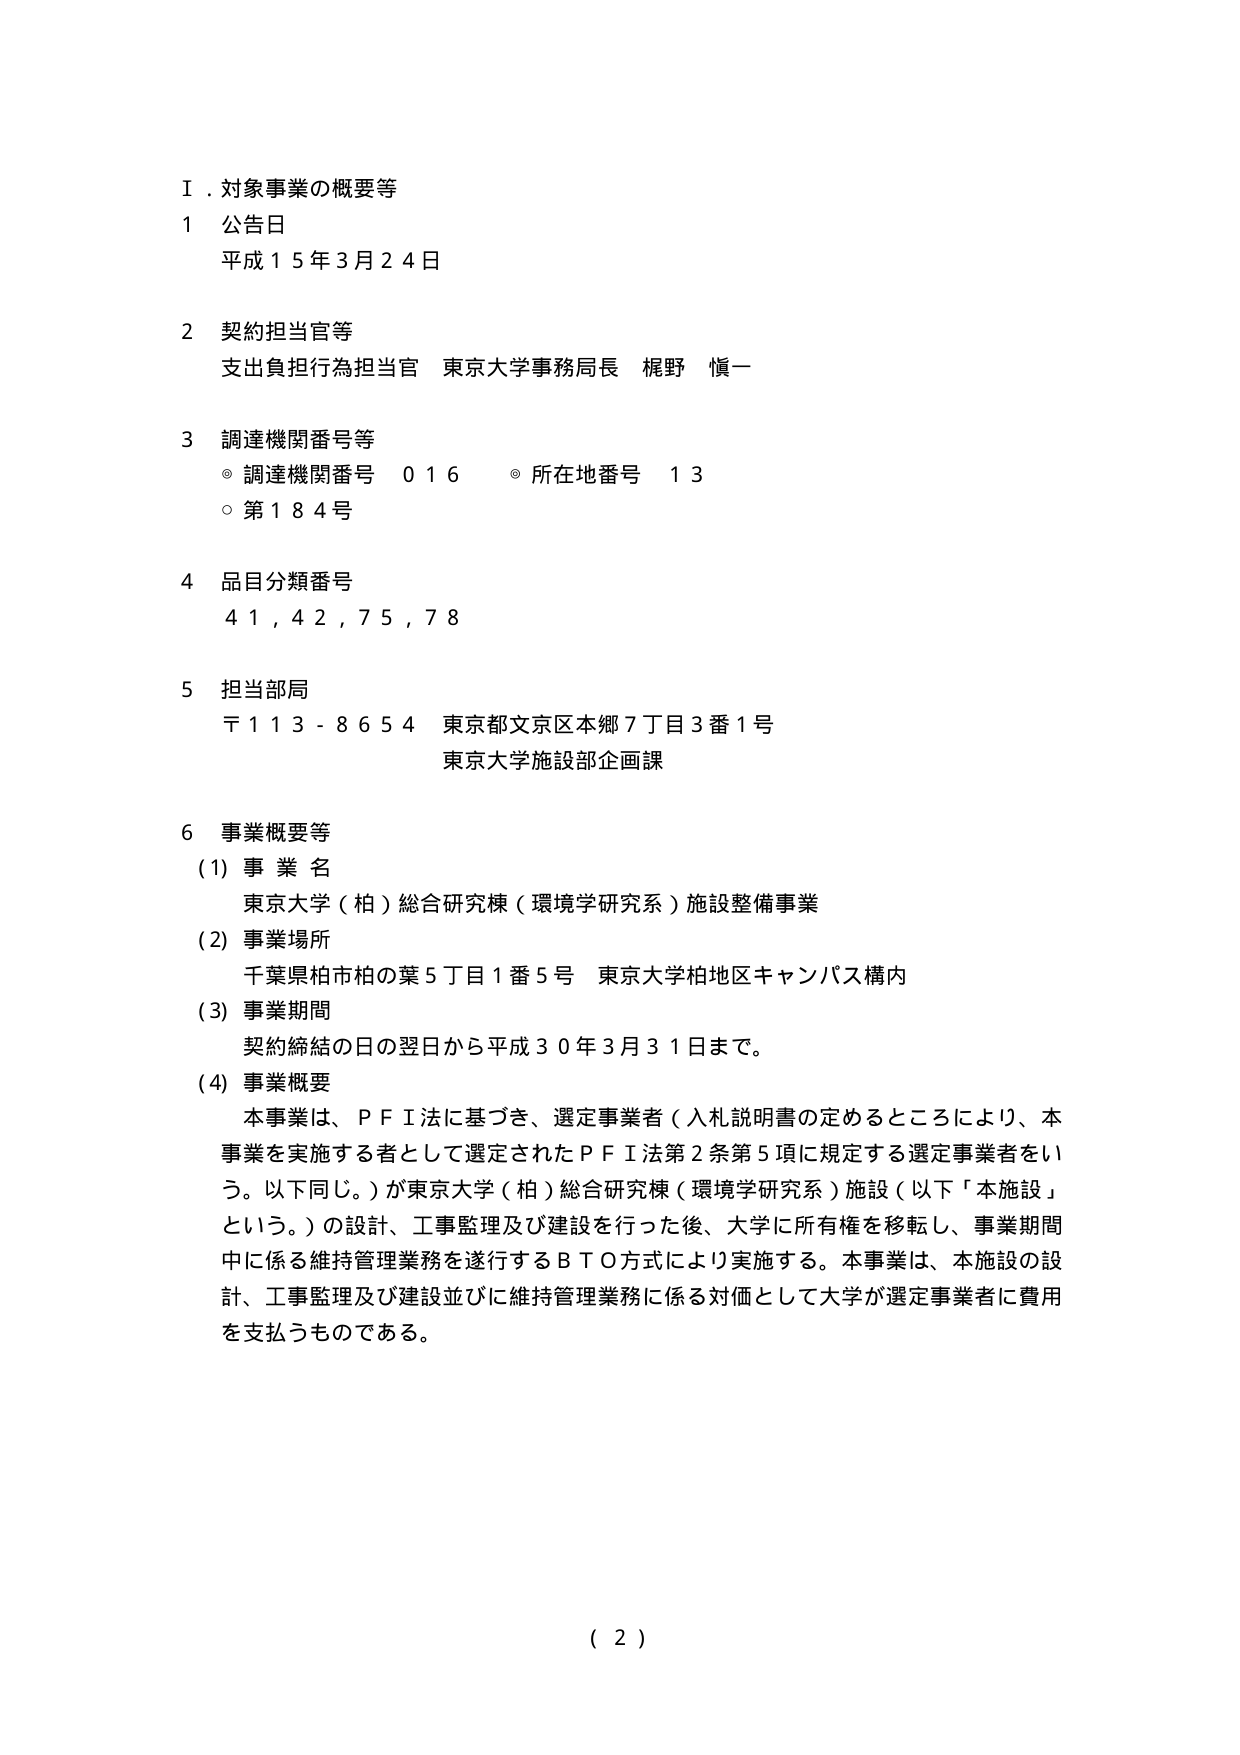
Ⅰ．対象事業の概要等
1 公告日
　平成１５年３月２４日

2 契約担当官等
　支出負担行為担当官 東京大学事務局長 梶野 愼一

3 調達機関番号等
　◎ 調達機関番号 ０１６　◎ 所在地番号 １３
　○ 第１８４号

4 品目分類番号
　４１，４２，７５，７８

5 担当部局
　〒１１３－８６５４ 東京都文京区本郷７丁目３番１号
　東京大学施設部企画課

6 事業概要等
　(1) 事業名
　　東京大学（柏）総合研究棟（環境学研究系）施設整備事業
　(2) 事業場所
　　千葉県柏市柏の葉５丁目１番５号 東京大学柏地区キャンパス構内
　(3) 事業期間
　　契約締結の日の翌日から平成３０年３月３１日まで。
　(4) 事業概要
　　本事業は、ＰＦＩ法に基づき、選定事業者（入札説明書の定めるところにより、本事業を実施する者として選定されたＰＦＩ法第２条第５項に規定する選定事業者をいう。以下同じ。）が東京大学（柏）総合研究棟（環境学研究系）施設（以下「本施設」という。）の設計、工事監理及び建設を行った後、大学に所有権を移転し、事業期間中に係る維持管理業務を遂行するＢＴＯ方式により実施する。本事業は、本施設の設計、工事監理及び建設並びに維持管理業務に係る対価として大学が選定事業者に費用を支払うものである。

（２）